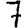
Digit: 7